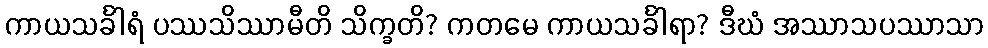
ကာယသင်္ခါရံ ပဿသိဿာမီတိ သိက္ခတိ? ကတမေ ကာယသင်္ခါရာ? ဒီဃံ အဿာသပဿာသာ